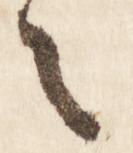
え